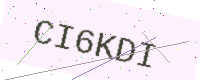
Text: CI6KDI